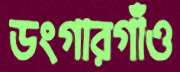
ডংগারগাঁও